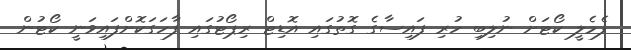
ފެމެލީ ކޯޓަށް ނުލިބި ހުރި ފައިސާގެ ގޮތުގައި އޮޑިޓް ރިޕޯޓުގައި ފާހަގަކޮށްފައިވަނީ ކޯޓުން